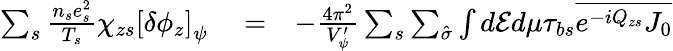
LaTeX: \begin{array}{rlr}{\sum_{s}\frac{n_{s}e_{s}^{2}}{T_{s}}\chi_{zs}\left[\delta\phi_{z}\right]_{\psi}}&{{}=}&{-\frac{4\pi^{2}}{V_{\psi}^{\prime}}\sum_{s}\sum_{\hat{\sigma}}\int d\mathcal{E}d\mu\tau_{bs}\overline{{e^{-iQ_{zs}}J_{0}}}}\end{array}